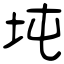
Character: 坉